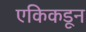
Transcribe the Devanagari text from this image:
एकिकडून